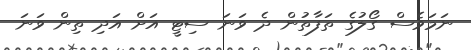
ނަމަވެސް ގޯލުގެ ތަފާތުން ދެ ވަނަ ސިޓީ އަށް އަދި ތިން ވަނަ